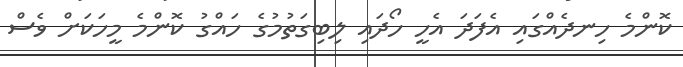
ކޮންމެ ހިނދެއްގައި އެފަދަ އެހީ ހޯދައި ލިބިގަތުމުގެ ހައްގު ކޮންމެ މީހަކަށް ވެސް